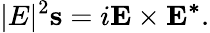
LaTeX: |E|^{2}\mathbf{s}=i\mathbf{E}\times\mathbf{E^{*}}.